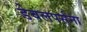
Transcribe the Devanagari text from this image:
डेवलपर्सना